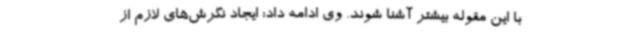
با این مقوله بیشتر آشنا شوند. وی ادامه داد: ایجاد نگرش‌های لازم از